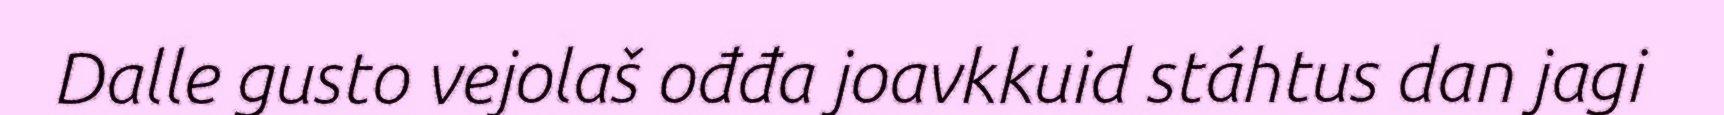
Dalle gusto vejolaš ođđa joavkkuid stáhtus dan jagi